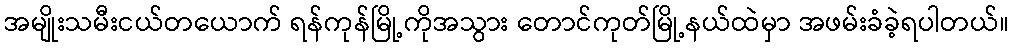
အမျိုးသမီးငယ်တယောက် ရန်ကုန်မြို့ကိုအသွား တောင်ကုတ်မြို့နယ်ထဲမှာ အဖမ်းခံခဲ့ရပါတယ်။